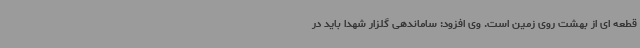
قطعه ای از بهشت روی زمین است. وی افزود: ساماندهی گلزار شهدا باید در